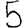
Digit: 5